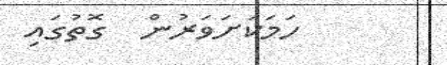
ހަމަކަށަވަރުން  ގޮތުގައި